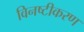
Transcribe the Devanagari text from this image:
विनष्टीकरण